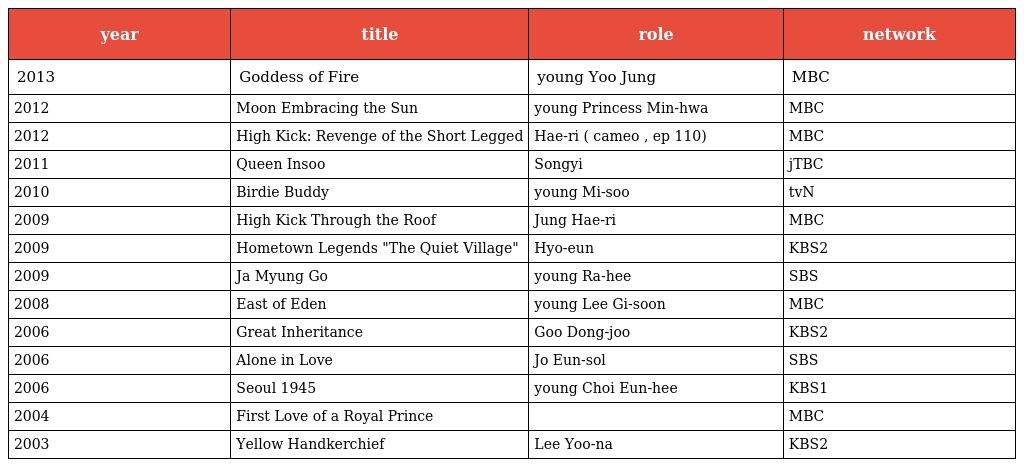
| year | title | role | network |
 | --- | --- | --- | --- |
 | 2013 | Goddess of Fire | young Yoo Jung | MBC |
 | 2012 | Moon Embracing the Sun | young Princess Min-hwa | MBC |
 | 2012 | High Kick: Revenge of the Short Legged | Hae-ri ( cameo , ep 110) | MBC |
 | 2011 | Queen Insoo | Songyi | jTBC |
 | 2010 | Birdie Buddy | young Mi-soo | tvN |
 | 2009 | High Kick Through the Roof | Jung Hae-ri | MBC |
 | 2009 | Hometown Legends "The Quiet Village" | Hyo-eun | KBS2 |
 | 2009 | Ja Myung Go | young Ra-hee | SBS |
 | 2008 | East of Eden | young Lee Gi-soon | MBC |
 | 2006 | Great Inheritance | Goo Dong-joo | KBS2 |
 | 2006 | Alone in Love | Jo Eun-sol | SBS |
 | 2006 | Seoul 1945 | young Choi Eun-hee | KBS1 |
 | 2004 | First Love of a Royal Prince |  | MBC |
 | 2003 | Yellow Handkerchief | Lee Yoo-na | KBS2 |